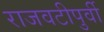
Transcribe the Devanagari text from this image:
राजवटीपुर्वी